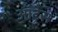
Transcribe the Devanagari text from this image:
ऑट्रेस